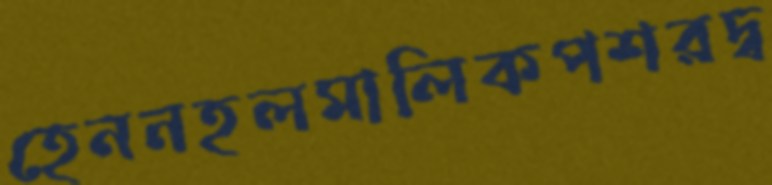
হেননহলমালিকপশরদ্ব